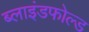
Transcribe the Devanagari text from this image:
ब्लाइंडफोल्ड